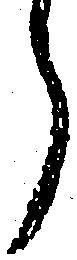
ら